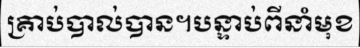
គ្រាប់បាល់បាន។បន្ទាប់ពីនាំមុខ